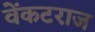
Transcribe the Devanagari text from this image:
वेंकटराज